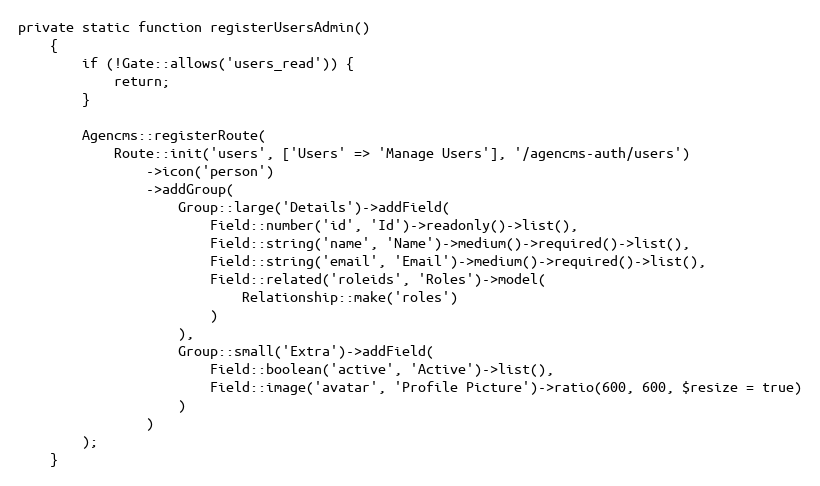
Language: PHP
private static function registerUsersAdmin()
    {
        if (!Gate::allows('users_read')) {
            return;
        }

        Agencms::registerRoute(
            Route::init('users', ['Users' => 'Manage Users'], '/agencms-auth/users')
                ->icon('person')
                ->addGroup(
                    Group::large('Details')->addField(
                        Field::number('id', 'Id')->readonly()->list(),
                        Field::string('name', 'Name')->medium()->required()->list(),
                        Field::string('email', 'Email')->medium()->required()->list(),
                        Field::related('roleids', 'Roles')->model(
                            Relationship::make('roles')
                        )
                    ),
                    Group::small('Extra')->addField(
                        Field::boolean('active', 'Active')->list(),
                        Field::image('avatar', 'Profile Picture')->ratio(600, 600, $resize = true)
                    )
                )
        );
    }